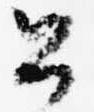
公